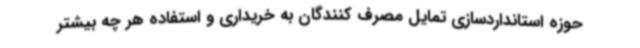
حوزه استانداردسازی تمایل مصرف کنندگان به خریداری و استفاده هر چه بیشتر